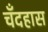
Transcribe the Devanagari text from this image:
चँदहास